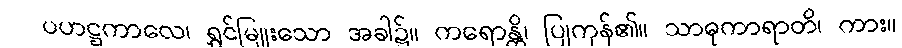
ပဟဋ္ဌကာလေ၊ ရွှင်မြူးသော အခါ၌။ ကရောန္တိ၊ ပြုကုန်၏။ သာဓုကာရာတိ၊ ကား။